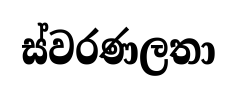
ස්වරණලතා